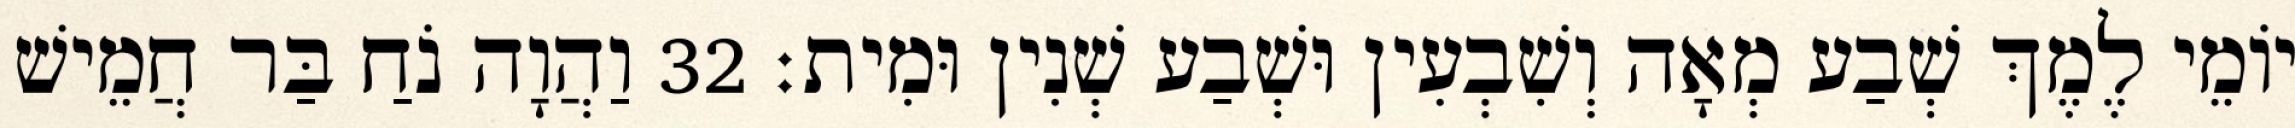
יוֹמֵי לֶמֶךְ שְׁבַע מְאָה וְשִׁבְעִין וּשְׁבַע שְׁנִין וּמִית׃ 32 וַהֲוָה נֹחַ בַּר חֲמֵישׁ